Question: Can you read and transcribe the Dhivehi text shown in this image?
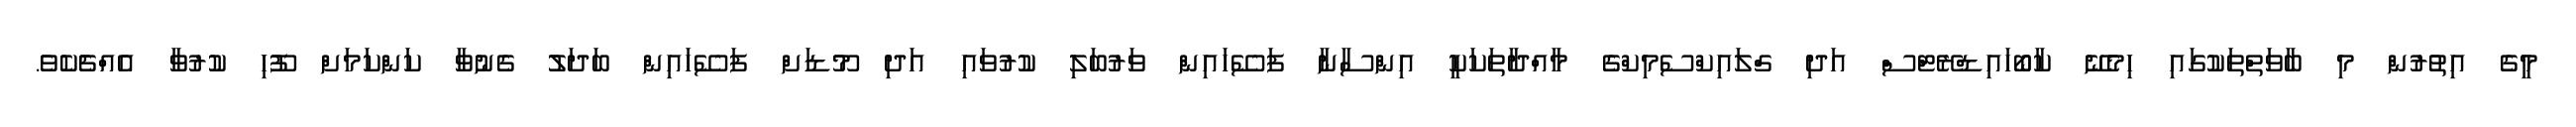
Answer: މީގެ އިތުރުން މި ބާވަތްތަކުގައި ހިމެނޭ ކާބޯހައިޑްރޭޓްސް އަދި ގްލައިކްސެމިކްގެ މާއްދާތަކަކީ އިންސާނާ ފަސޭހައިން ވަރުބަލި ކުރުވައި އަދި މޫޑަށް ފަސޭހައިން ބަދަލު ގެނުވާ ކަންކަމަށް ފޫހި ކުރުވާ އެއްޗެކެވެ.